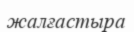
жалғастыра